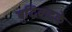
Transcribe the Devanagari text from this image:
बुद्धिवादके